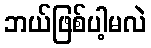
ဘယ်ဖြစ်ပါ့မလဲ